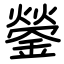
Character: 鎣